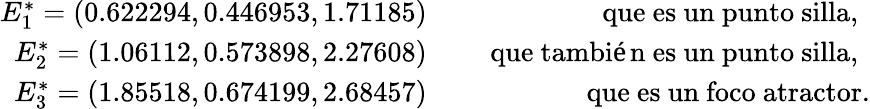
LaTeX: \begin{array}{rlr}{E_{1}^{*}=(0.622294,0.446953,1.71185)}&{}&{\mathrm{~que~es~un~punto~silla,~}}\\ {E_{2}^{*}=(1.06112,0.573898,2.27608)}&{}&{\mathrm{~que~también~es~un~punto~silla,~}}\\ {E_{3}^{*}=(1.85518,0.674199,2.68457)}&{}&{\mathrm{que~es~un~foco~atractor.}}\end{array}